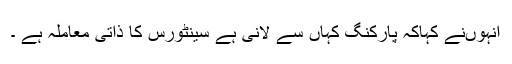
انہوںنے کہاکہ پارکنگ کہاں سے لانی ہے سینٹورس کا ذاتی معاملہ ہے ۔